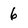
Character: 6